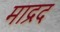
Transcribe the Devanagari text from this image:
माद्रद